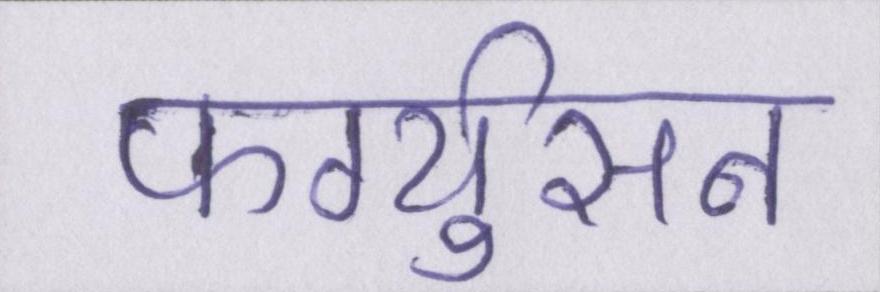
फर्ग्युसन